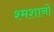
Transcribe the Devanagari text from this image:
श्मशानों